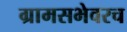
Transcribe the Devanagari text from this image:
ग्रामसभेवरच